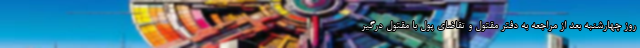
روز چهارشنبه بعد از مراجعه به دفتر مقتول و تقاضای پول با مقتول درگیر